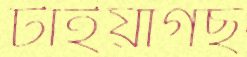
টাইয়াগছ